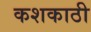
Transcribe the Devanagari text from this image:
कशकाठी